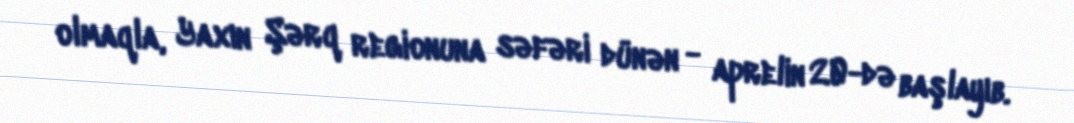
olmaqla, Yaxın Şərq regionuna səfəri dünən - aprelin 20-də başlayıb.